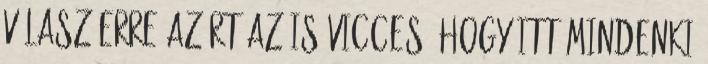
Válasz erre Azért az is vicces, hogy itt mindenki